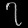
Digit: ၇